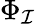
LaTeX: \Phi_{\mathcal{I}}